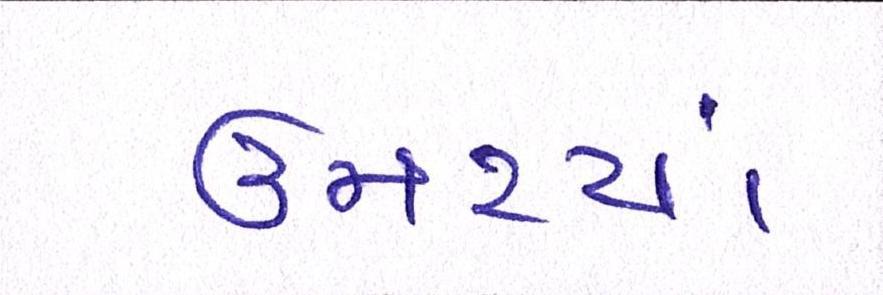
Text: ઉમટયાં